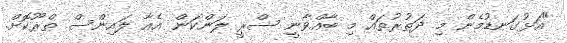
"އަޅުގަނޑުމެން މި ދަތުރުތައް މި ބާއްވާނީ ސްރީ ލަންކަން އެއާ ލައިންސް ތްރޫކޮށް.